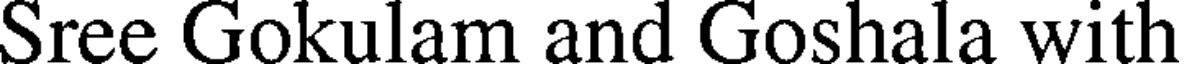
Sree Gokulam and Goshala with